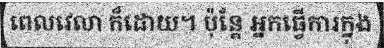
ពេលវេលា ក៏ដោយ។ ប៉ុន្តែ អ្នកធ្វើការក្នុង